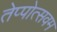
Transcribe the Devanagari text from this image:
तेप्पोत्सवम